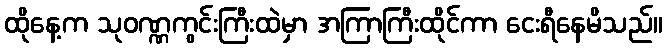
ထိုနေ့က သုဝဏ္ဏကွင်းကြီးထဲမှာ အကြာကြီးထိုင်ကာ ငေးရီနေမိသည်။